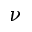
\nu